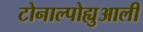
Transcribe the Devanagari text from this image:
टोनाल्पोह्युआली